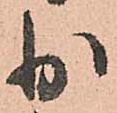
少